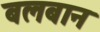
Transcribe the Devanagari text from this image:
बलबान